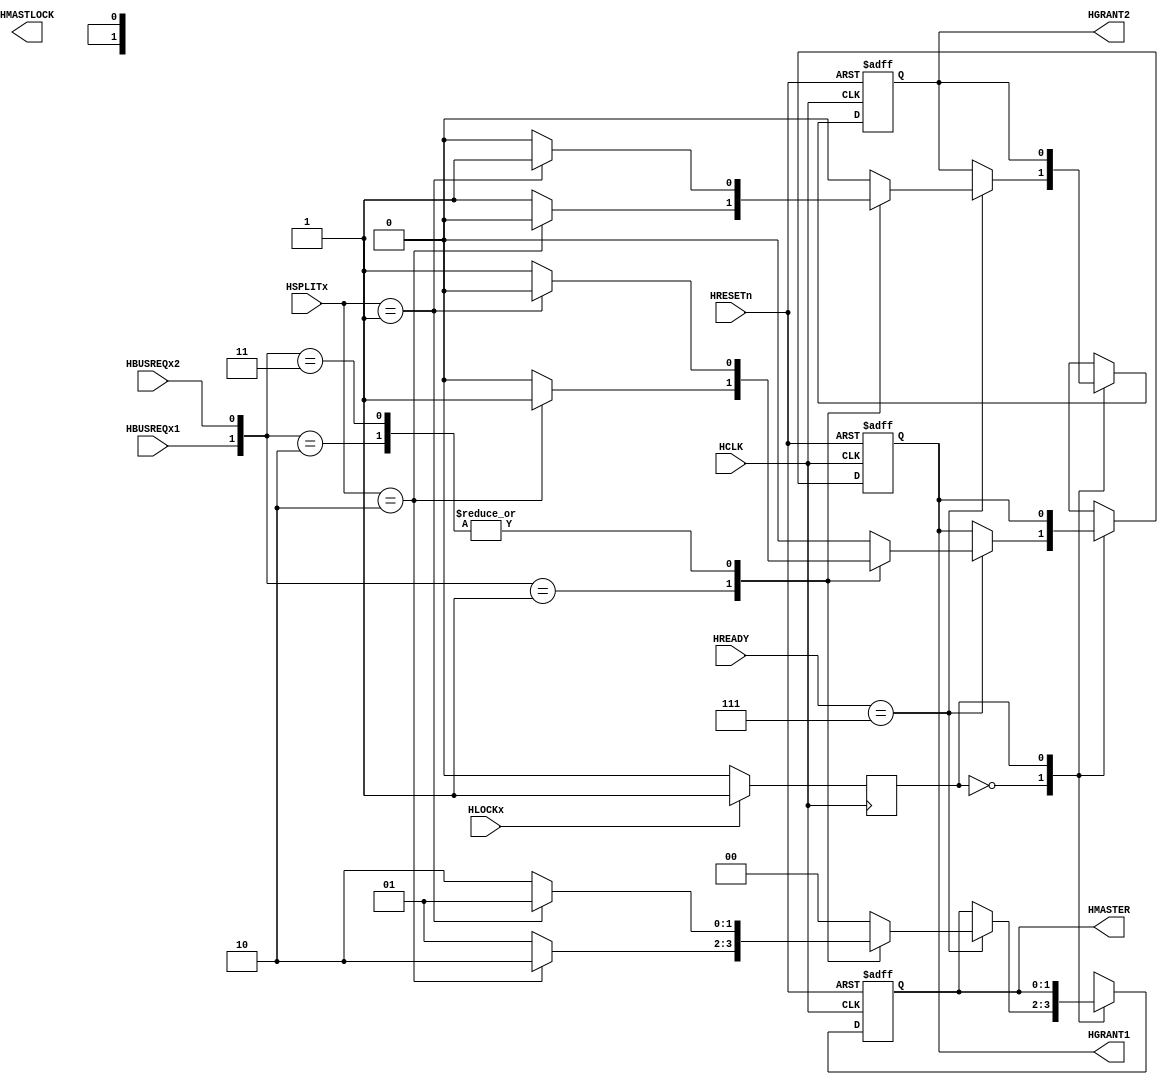
`timescale 1ns / 1ps

module Arbiter(
    input HBUSREQx1,
    input HBUSREQx2,
    input [1:0] HSPLITx,
    input [2:0] HREADY,
    input HRESETn,
    input HCLK,
    input HLOCKx,
    output reg HGRANT1,
    output reg HGRANT2,
    output reg [1:0] HMASTER,
    output reg HMASTLOCK
    //input [1:0] HTRANS,
    //input [2:0] HBURST,
    //input [1:0] HRESP,
    //input [13:0] HADDR,
);
    
    localparam NORMAL_STATE = 0;
    localparam LOCKED_STATE = 1;
    
    wire [1:0] BUSREQUEST;
    assign BUSREQUEST = {HBUSREQx1, HBUSREQx2};
    
   

    reg CURRENT_STATE;
    
    always @ (negedge HCLK) begin
        if (HLOCKx == 1'b0) begin
            CURRENT_STATE <= NORMAL_STATE;
        end
        else begin
            CURRENT_STATE <= LOCKED_STATE;
        end
    end
    
    always @ (posedge HCLK or negedge HRESETn) begin
        if (!HRESETn)
            begin
                HGRANT1 <= 1'b0;
                HGRANT2 <= 1'b0;
                HMASTER <= 2'b0;
                //HMASTLOCK <= 1'b0;
            end
        else
            begin
                case (CURRENT_STATE)
                    NORMAL_STATE:
                        begin
                            if (HREADY == 3'b111) begin
                                case (BUSREQUEST)
                                    2'b01:
                                        begin
                                            if (HSPLITx == 2'b10) begin
                                                HGRANT1 <= 1'b1;
                                                HGRANT2 <= 1'b0;
                                                HMASTER <= 2'b10;
                                            
                                            end
                                            else begin
                                                HGRANT1 <= 1'b0;
                                                HGRANT2 <= 1'b1;
                                                HMASTER <= 2'b01;
                                            end
                                        end
                                    2'b10:
                                        begin
                                            if (HSPLITx == 2'b01) begin
                                                HGRANT1 <= 1'b0;
                                                HGRANT2 <= 1'b1;
                                                HMASTER <= 2'b01;
                                            end
                                            else begin
                                                HGRANT1 <= 1'b1;
                                                HGRANT2 <= 1'b0;
                                                HMASTER <= 2'b10;
                                            end
                                        end
                                    2'b11:
                                        begin 
                                            if (HSPLITx == 2'b01) begin
                                                HGRANT1 <= 1'b0;
                                                HGRANT2 <= 1'b1;
                                                HMASTER <= 2'b01;
                                             end
                                             else begin 
                                                HGRANT1 <= 1'b1;
                                                HGRANT2 <= 1'b0;
                                                HMASTER <= 2'b10;
                                             end
                                         end
                                    default:
                                        begin
                                            HGRANT1 <= 1'b0;
                                            HGRANT2 <= 1'b0;
                                            HMASTER <= 2'b00; // Master request naththam HMASTER binduwai
                                        end
                                endcase  
                            end
                                        else
                                            begin
                                                HGRANT1 <= HGRANT1;
                                                HGRANT2 <= HGRANT2;
                                                HMASTER <= HMASTER;
                                            end
                                            
                                           
                        end
                    LOCKED_STATE:
                        begin
                           HGRANT1 <= HGRANT1;
                           HGRANT2 <= HGRANT2;
                           HMASTER <= HMASTER;
                        end                 
                endcase 
            end  
        end
endmodule